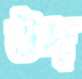
উদ্